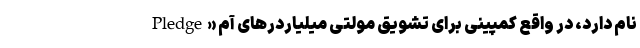
Pledge» نام دارد، در واقع کمپینی برای تشویق مولتی میلیاردر‌های آم